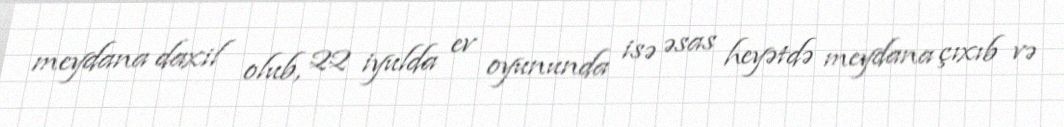
meydana daxil olub, 22 iyulda ev oyununda isə əsas heyətdə meydana çıxıb və